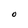
Character: O